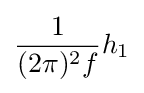
{\frac {1}{(2\pi )^{2}f}}h_{1}